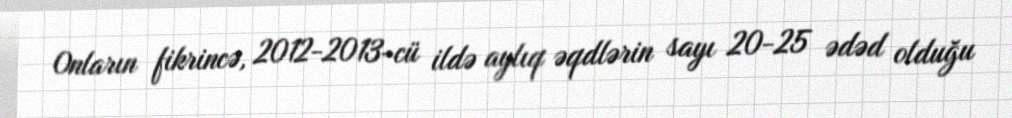
Onların fikrincə, 2012-2013-cü ildə aylıq əqdlərin sayı 20-25 ədəd olduğu